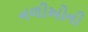
નળીઓની